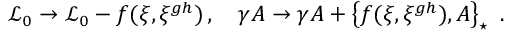
{ \mathcal { L } _ { 0 } } \rightarrow { \mathcal { L } _ { 0 } } - f ( \xi , \xi ^ { g h } ) \, , \quad \gamma A \rightarrow \gamma A + \left\{ f ( \xi , \xi ^ { g h } ) , A \right\} _ { \star } \, \, .